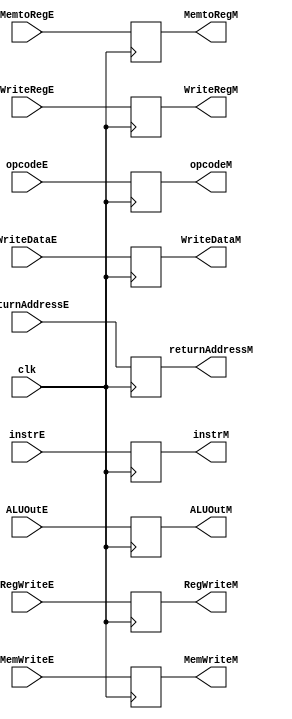
module EX_MEM(
    //input
      input[31:0] ALUOutE
    , input[31:0] WriteDataE
    , input[4:0] WriteRegE
    , input RegWriteE
    , input MemtoRegE
    , input MemWriteE
    , input clk
    , input[31:0] returnAddressE
    , input[5:0] opcodeE
    , input[31:0] instrE
    , output reg[31:0] ALUOutM
    , output reg[31:0] WriteDataM
    , output reg[4:0] WriteRegM
    , output reg RegWriteM
    , output reg MemtoRegM
    , output reg MemWriteM
    , output reg[31:0] returnAddressM
    , output reg[5:0] opcodeM
    , output reg[31:0] instrM
);

always @(posedge clk) begin
    ALUOutM <= ALUOutE;
    WriteDataM <= WriteDataE;
    WriteRegM <= WriteRegE;
    RegWriteM <= RegWriteE;
    MemtoRegM <= MemtoRegE;
    MemWriteM <= MemWriteE;
    returnAddressM <= returnAddressE;
    opcodeM <= opcodeE;
    instrM <= instrE;
end


endmodule